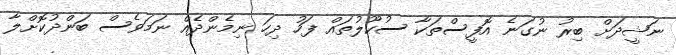
ނަޝީދަށް ބިރު ނުގަނެ އޮފީސްތަކާ ސުކޫލުތައް ފަހު ދިހަ ނިމެންދެއް ނަމަވެސް ބަންދުކޮށްލާ